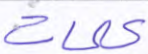
كلمات